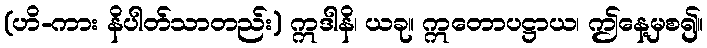
(ဟိ-ကား နိပါတ်သာတည်း) ဣဒါနိ၊ ယခု။ ဣတောပဋ္ဌာယ၊ ဤနေ့မှစ၍။